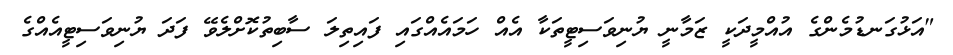
"އަޅުގަނޑުމެންގެ އުއްމީދަކީ ޒަމާނީ ޔުނިވަސިޓީތަކާ އެއް ހަމައެއްގައި ފައިތިލަ ސާބިތުކޮށްލެވޭ ފަދަ ޔުނިވަސިޓީއެއްގެ